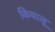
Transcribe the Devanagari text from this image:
कियालू